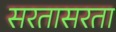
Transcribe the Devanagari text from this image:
सरतासरता